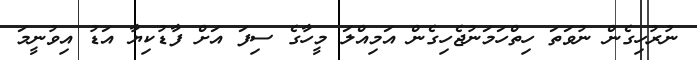
ނުރުހިގެން ނުވަތަ ހިތްހަމަނުޖެހިގެން އަމިއްލަ މީހާގެ ސިފަ އަށް ފާޑުކިޔާ އަޑު އިވުނީމަ